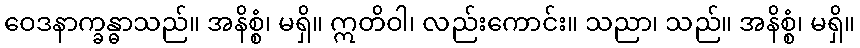
ဝေဒနာက္ခန္ဓာသည်။ အနိစ္စံ၊ မရှိ။ ဣတိဝါ၊ လည်းကောင်း။ သညာ၊ သည်။ အနိစ္စံ၊ မရှိ။